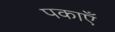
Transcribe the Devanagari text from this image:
पकाएँ